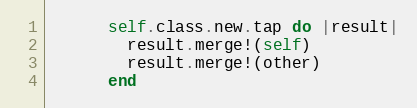
Language: Ruby
      self.class.new.tap do |result|
        result.merge!(self)
        result.merge!(other)
      end